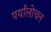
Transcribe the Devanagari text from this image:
पर्यांलोचन